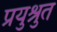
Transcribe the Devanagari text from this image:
प्रयुश्रुत